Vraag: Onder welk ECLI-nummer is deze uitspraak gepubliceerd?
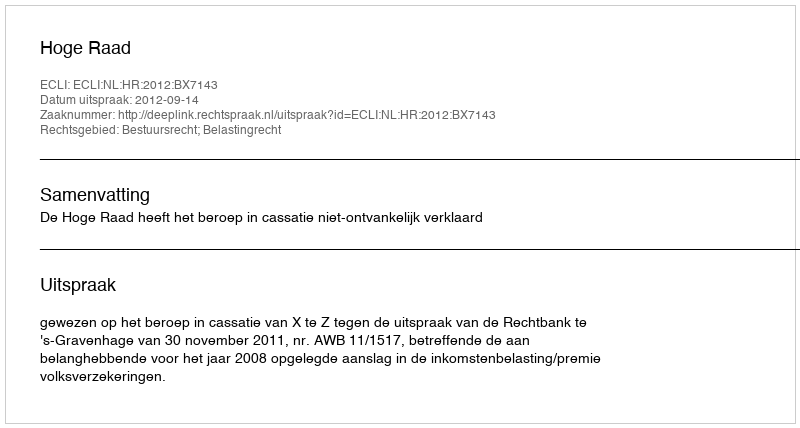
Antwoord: ECLI:NL:HR:2012:BX7143